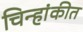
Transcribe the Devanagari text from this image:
चिन्हांकीत